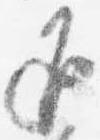
返